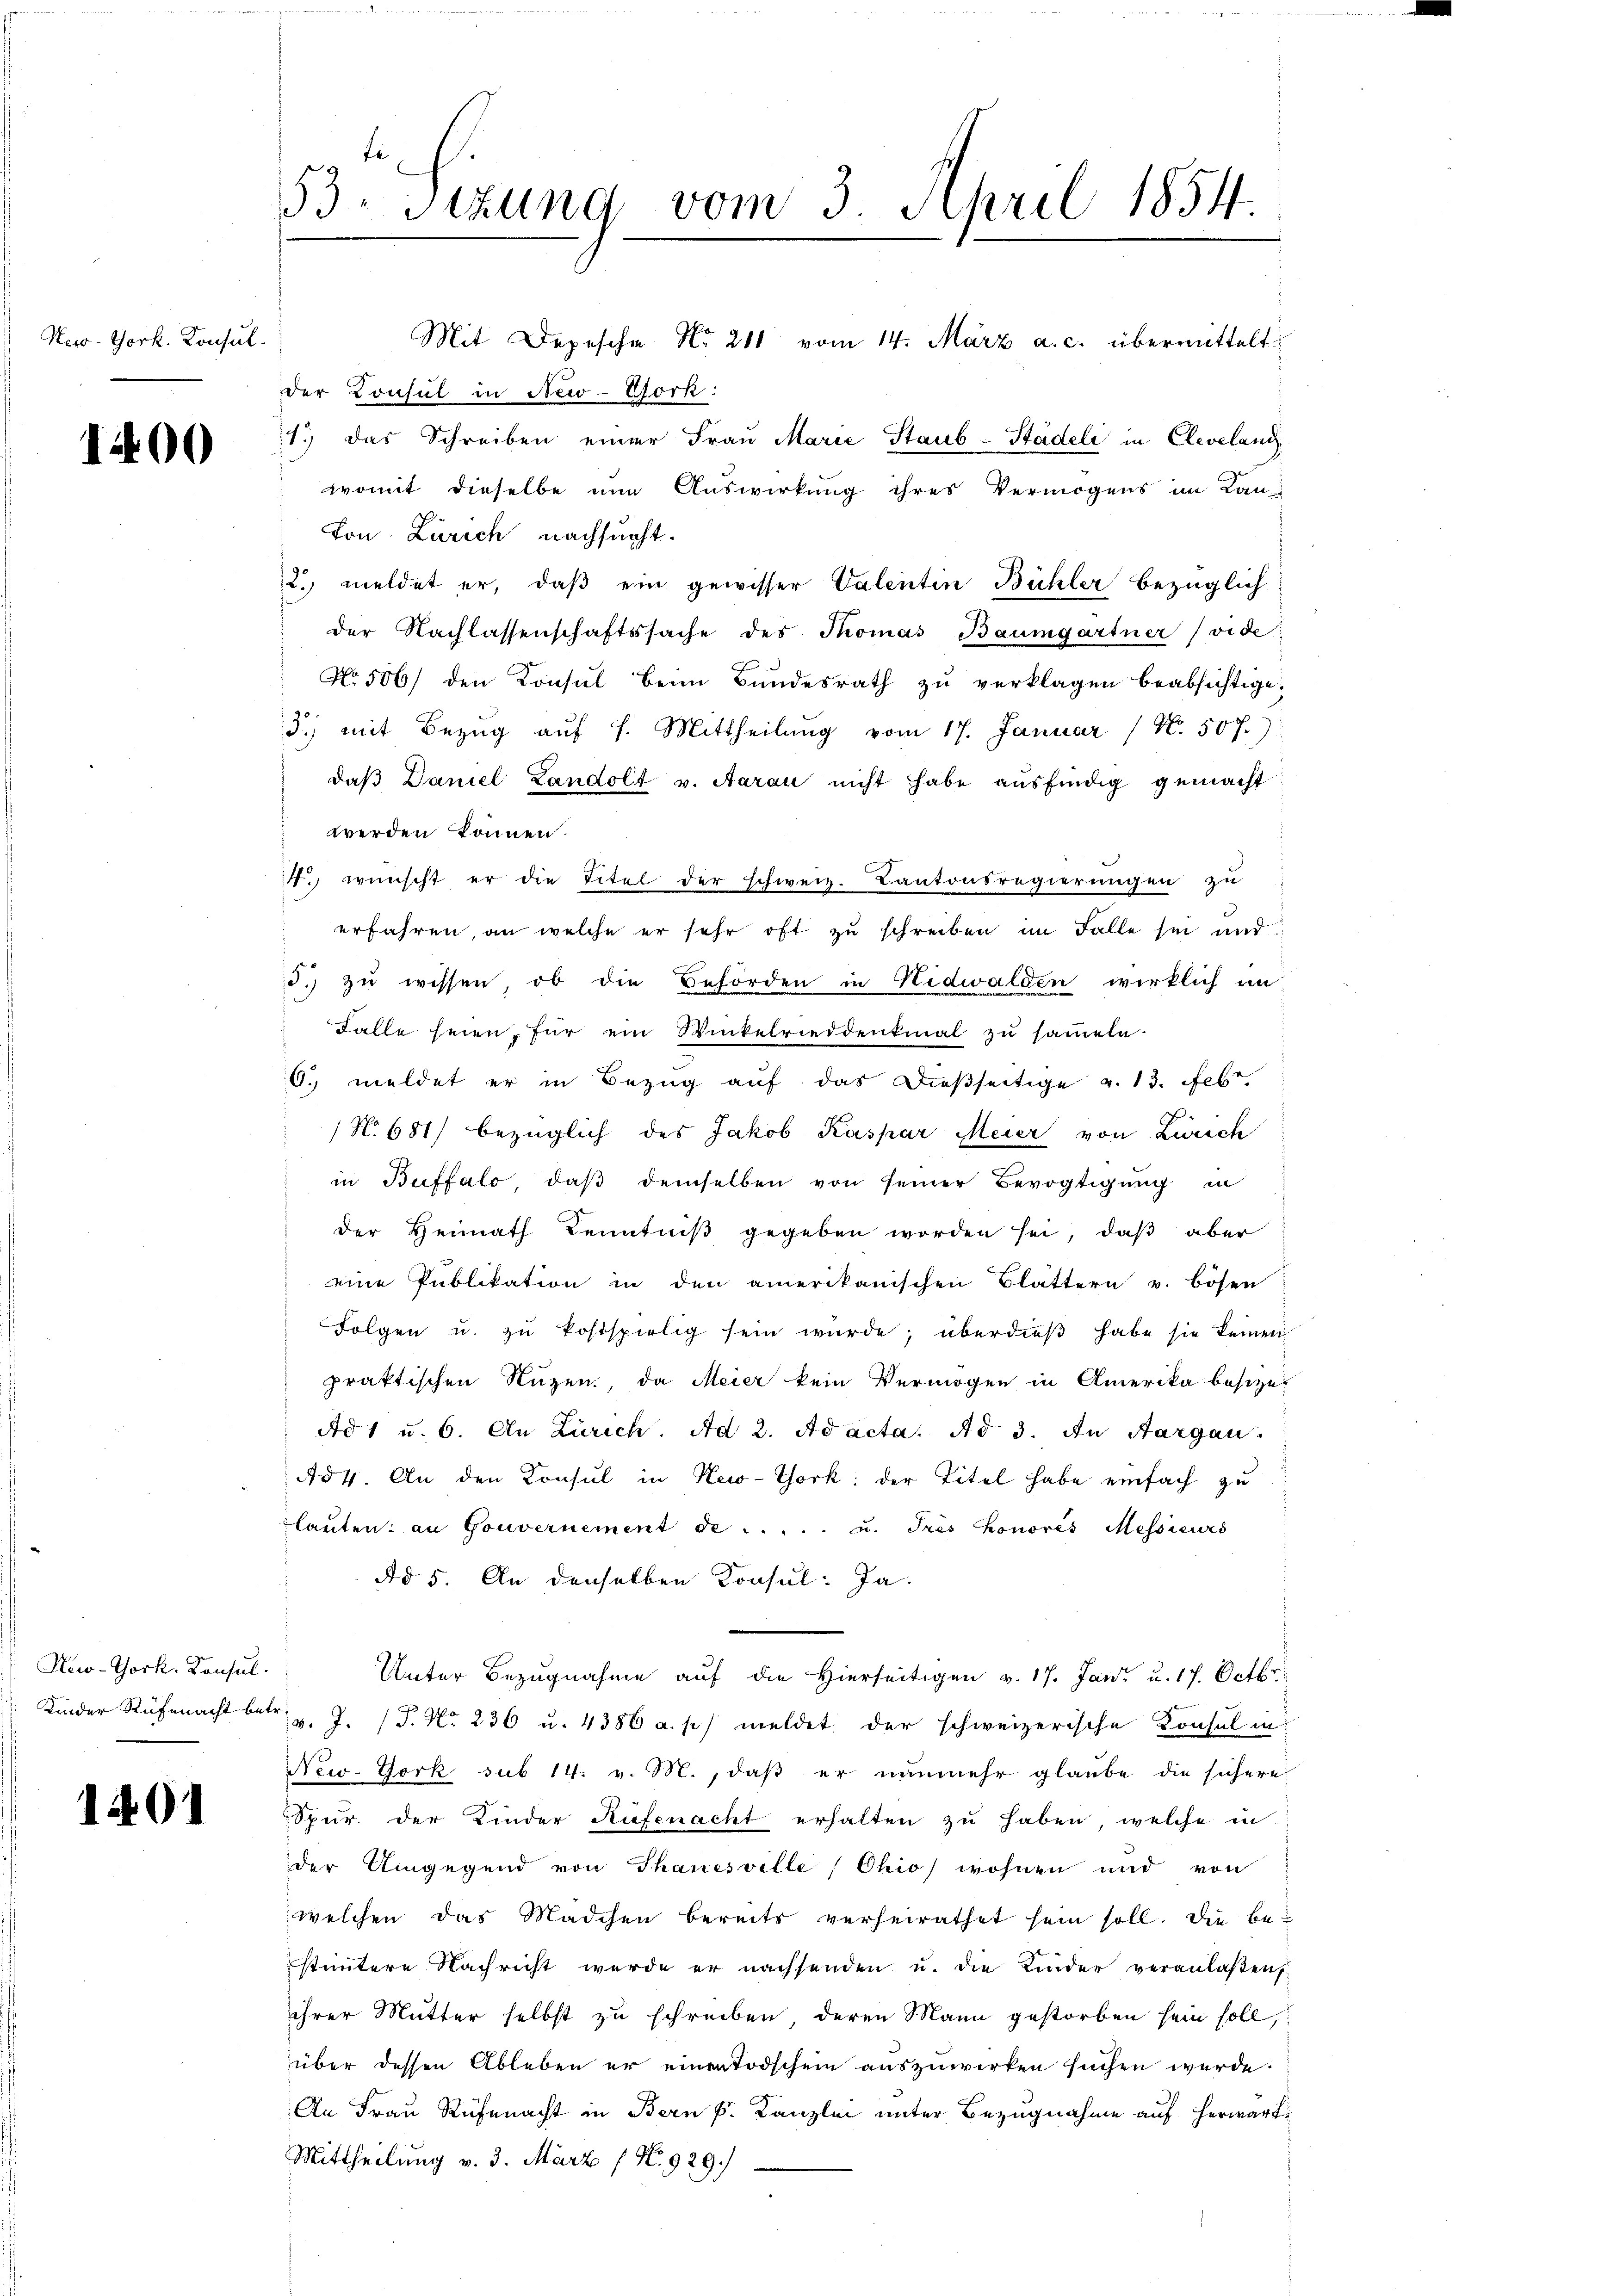
Heco-Gork. Konsul

1400

New-York, Konsul

1401

53. Sitzung vom 3. April 1854.

Mit Depesche No 211 vom 14. März a. c. übermittelt:
der Consul in New-York:
1.) das Schreiben einer Frau Marie Staub-Stadeli in Clevelang
womit dieselbe nun Auswirkung ihres Vermögens im Lan-
von Zürich nachsucht.
2. meldet er, daβ ein gewisser Valentin Bühler bezüglich
der Nachlassenschaftssache des Thomas Baumgartner (vide;
No. 506) den Konsul beim Bundesrath zu verklagen beabsichtige.
3.) mit Bezŭg aŭf f. Mittheilŭng vom 17. Januar (N. 507.)
daβ Daniel Landolt u. Aarau nicht habe ausfindig gemacht
werden können.
14.) wünscht er die Titel der schweiz. Kantonsregierungen zu
erfahren, an welche er sehr oft zu schreiben im Falle sei und
d.) zu wissen, ob die Behörden in Nidwalden wirklich in
Falle seien, für ein Winkelrieddenkmal zu sammeln.
6. meldet er in Bezug auf das dießseitige u. 13. Febe
N. 681) bezüglich des Jakob Kaspar Meier von Zürich
in Buffalo, daß demselben von seiner Bevogtigung in
der Heimath Kenntniß gegeben worden sei, daß aber
eine Publikation in den amerikanischen Blättern u. bösen
Folgen u. zŭ kostspielig sein würde; überdieß habe sie keinen
praktischen Nuzen, da Meier kein Vermögen in Amerika besize¬
Ad 1 u. 6. An Zürich. Ad 2. Ad acta. Ad 3. An Aargau.
A84. An den Konsul in New-York der Titel habe einfach zu
laŭten an Gouvernement de . . . . . u. Tres honores Messieurs
Ad 5. An denselben Konsul: Ja.
Unter Bezugnahme auf die Hierseitigen v. 17. Jani u. 17. Octbr.
Kinder Ruhmacht betr. v. J. P. Nr. 236 u. 4386 a. p. meldet der schweizerische Konsul in
New-York sub 14. v. M., daß er nunmehr glaube die sichere
Spur der Kinder Rüfenacht erhalten zu haben, welche in
der Umgegend von Thanesville, Ohio wohnen und von
welchen das Mädchen bereits verheirathet sein soll. Die bestuntere Nachricht werde er nachsenden u. die Kinder veranlaßen.
ihrer Mutter selbst zu schreiben deren Mann gestorben sein soll,
über dessen Ableben er einer Todschen auszuwirken suchen werde:
An Frau Rüfenacht in Bern k. Kanzlei unter Bezugnahme auf herwart
Mittheilung v. 3. März (N. 929./